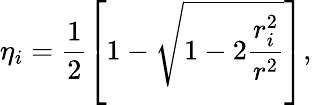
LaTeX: \eta_{i}=\frac{1}{2}\left[1-\sqrt{1-2\frac{r_{i}^{2}}{r^{2}}}\right],